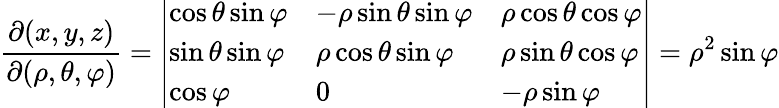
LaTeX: {\frac{\partial(x,y,z)}{\partial(\rho,\theta,\varphi)}}={\left|\begin{array}{lll}{\cos\theta\sin\varphi}&{-\rho\sin\theta\sin\varphi}&{\rho\cos\theta\cos\varphi}\\ {\sin\theta\sin\varphi}&{\rho\cos\theta\sin\varphi}&{\rho\sin\theta\cos\varphi}\\ {\cos\varphi}&{0}&{-\rho\sin\varphi}\end{array}\right|}=\rho^{2}\sin\varphi